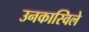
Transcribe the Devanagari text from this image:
उनकास्विले